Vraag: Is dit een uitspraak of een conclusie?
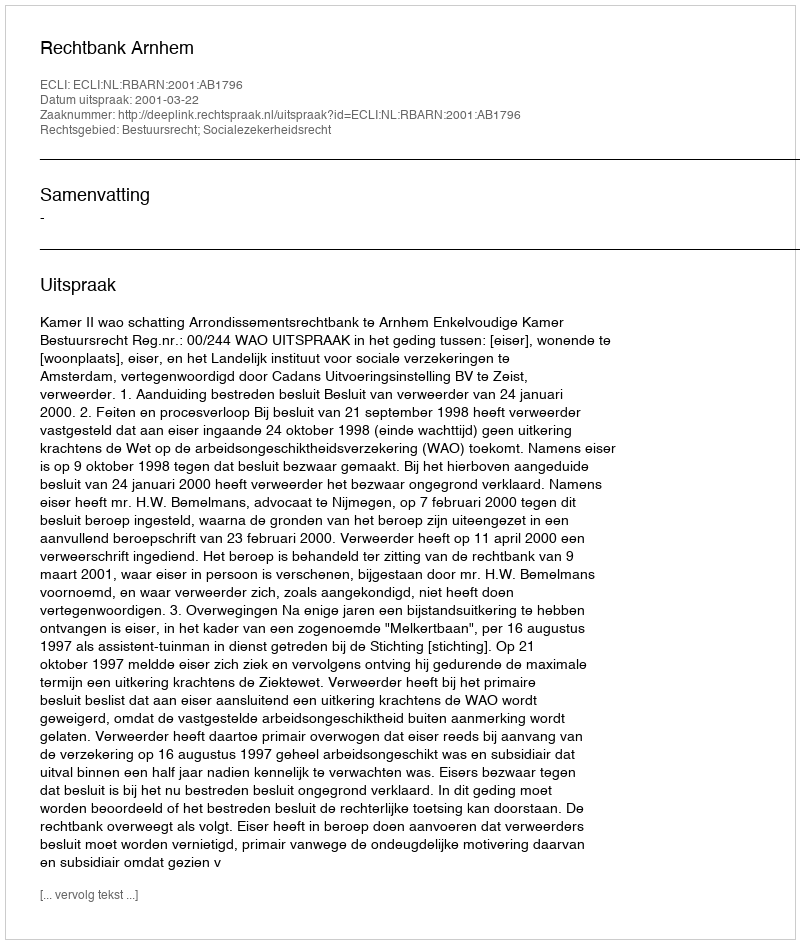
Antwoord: Uitspraak